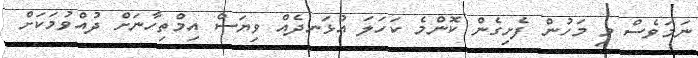
ނަމަވެސް މި މަހުން ފެށިގެން ކޮންމެ ކަހަލަ އުޅަނދެއް ވިޔަސް އިމްތިހާނަށް ދުއްވުމަކަށް